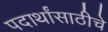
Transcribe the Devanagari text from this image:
पदार्थांसाठीचे